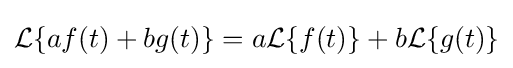
{\mathcal {L}}\{af(t)+bg(t)\}=a{\mathcal {L}}\{f(t)\}+b{\mathcal {L}}\{g(t)\}